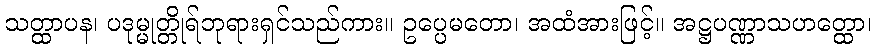
သတ္ထာပန၊ ပဒုမ္မုတ္တိုရ်ဘုရားရှင်သည်ကား။ ဥပ္ပေမတော၊ အထံအားဖြင့်။ အဋ္ဌပဏ္ဏာသဟတ္ထော၊